Report on the working of the Ranchi Indian Mental Hospital, Kanke, in Bihar and Orissa - 1930-1940
Year: 1930
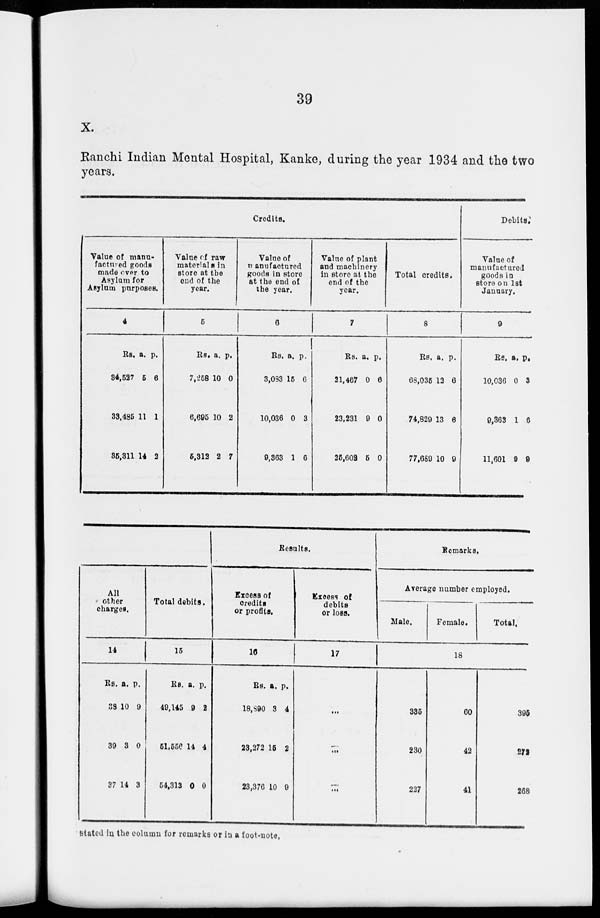
39
X.
Ranchi Indian Mental Hospital, Kanke, during the year 1934 and the two
years.
Credits.
Value of manu-
factured goods
made over to
Asylum for
Asylum purposes.
4
Rs.
34,527
33,485
35,311
a.
5
11
14
p.
6
1
2
Value of raw
materials in
store at the
end of the
year.
5
Rs.
7,258
6,695
5,312
a.
10
10
2
p.
0
2
7
Value of
manufactured
goods in store
at the end of
the year.
6
Rs.
3,093
10,036
9,363
a.
15
0
1
p.
6
3
6
Value of plant
and machinery
in store at the
end of the
year.
7
Rs.
21,467
23,231
25,602
a.
0
9
5
p.
6
0
0
Total credits.
8
Rs.
68,035
74,829
77,689
a.
12
13
10
p.
6
6
9
Debits.
Value of
manufactured
goods in
store on 1st
January.
9
Rs.
10,036
9,363
11,601
a.
0
1
9
p.
3
6
9
All
other
charges.
14
Rs.
38
39
37
a.
10
3
14
p.
9
0
3
Total debits.
15
Rs.
49,145
51,556
54,313
a.
9
14
0
P.
2
4
0
Results.
Excess of
credits
or profits.
16
Rs.
18,890
23,272
23,376
a.
3
15
10
p.
4
2
9
Excess of
debits
or loss.
17
...
...
...
Remarks.
Average number employed.
Male.
Female.
Total.
18
335
230
227
60
42
41
395
272
268
stated in the column for remarks or in a foot-note.